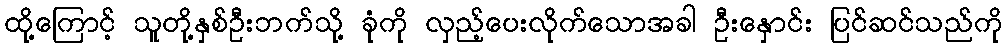
ထို့ကြောင့် သူတို့နှစ်ဦးဘက်သို့ ခုံကို လှည့်ပေးလိုက်သောအခါ ဦးနှောင်း ပြင်ဆင်သည်ကို